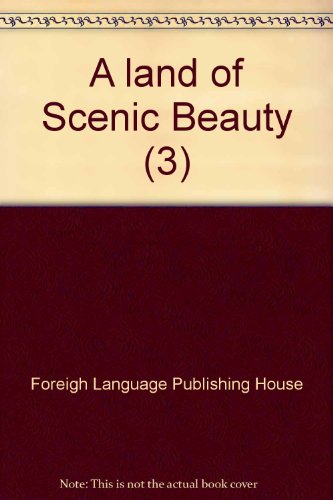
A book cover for A land of Scenic Beauty (3); Foreigh Language Publishing House; Travel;